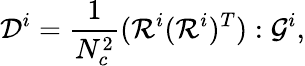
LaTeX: \mathcal{D}^{i}=\frac{1}{N_{c}^{2}}(\mathcal{R}^{i}(\mathcal{R}^{i})^{T}):\mathcal{G}^{i},